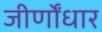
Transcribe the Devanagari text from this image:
जीर्णोंधार